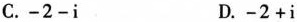
C. -2-i D. -2+i